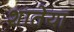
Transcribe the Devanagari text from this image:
शातेया